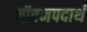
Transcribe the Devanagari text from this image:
जीवनपदार्थ